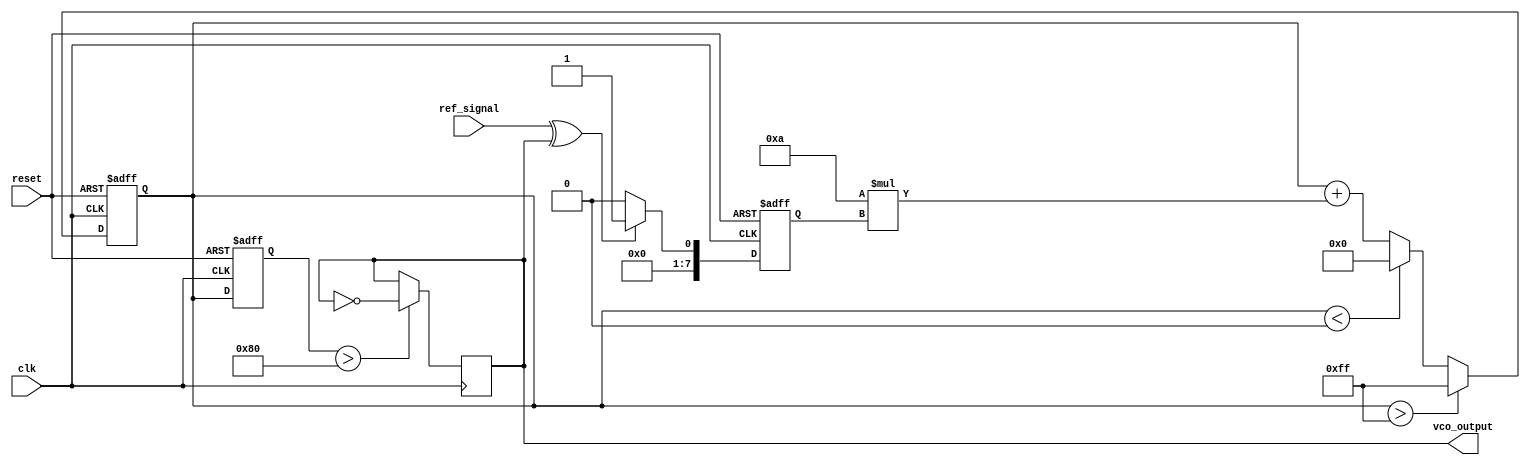
module CTPLL (
    input wire clk,               // System clock
    input wire reset,             // Reset signal
    input wire ref_signal,        // Reference frequency input
    output reg vco_output         // VCO output frequency
);

    // Parameters for the loop filter
    parameter FILTER_GAIN = 8'd10; // Gain of the loop filter
    parameter VCO_MAX_FREQ = 8'd255; // Maximum VCO frequency
    parameter VCO_MIN_FREQ = 8'd0;   // Minimum VCO frequency

    // Internal signals
    reg [7:0] phase_error;         // Phase error signal
    reg [7:0] control_voltage;      // Control voltage for VCO
    reg [7:0] vco_frequency;        // Current VCO frequency
    reg [7:0] memory_block [0:15];  // Memory blocks for storing phase information
    integer i;

    // Phase Detector: Simple XOR for phase comparison
    always @(posedge clk or posedge reset) begin
        if (reset) begin
            phase_error <= 8'd0;
        end else begin
            phase_error <= (ref_signal ^ vco_output) ? 8'd1 : 8'd0; // Simple phase error
        end
    end

    // Loop Filter: Simple integrator (for demonstration purposes)
    always @(posedge clk or posedge reset) begin
        if (reset) begin
            control_voltage <= 8'd0;
        end else begin
            control_voltage <= control_voltage + (FILTER_GAIN * phase_error);
            // Limit control voltage to VCO range
            if (control_voltage > VCO_MAX_FREQ) begin
                control_voltage <= VCO_MAX_FREQ;
            end else if (control_voltage < VCO_MIN_FREQ) begin
                control_voltage <= VCO_MIN_FREQ;
            end
        end
    end

    // Voltage-Controlled Oscillator (VCO)
    always @(posedge clk or posedge reset) begin
        if (reset) begin
            vco_frequency <= 8'd128; // Start in the middle of the range
        end else begin
            vco_frequency <= control_voltage; // Set frequency based on control voltage
        end
    end

    // Generate VCO output based on frequency
    always @(posedge clk) begin
        // Simple frequency divider for output demonstration
        if (vco_frequency > 8'd128) begin
            vco_output <= ~vco_output; // Toggle output for frequencies above a threshold
        end
    end

    // Memory Block Usage: Store phase error values
    always @(posedge clk) begin
        // Shift phase error into memory blocks
        for (i = 15; i > 0; i = i - 1) begin
            memory_block[i] <= memory_block[i - 1];
        end
        memory_block[0] <= phase_error; // Store current phase error
    end

endmodule